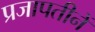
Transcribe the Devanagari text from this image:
प्रजापतीनें